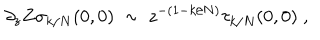
LaTeX: \partial _ { z } Z \sigma _ { k / N } ( 0 , 0 ) ~ \sim ~ z ^ { - ( 1 - k / N ) } \tau _ { k / N } ( 0 , 0 ) \; ,